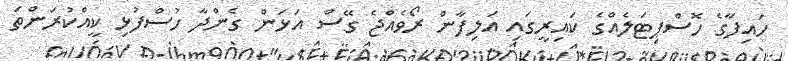
ހައިފާގެ ހޮސްޕިޓަލެއްގެ ކައިރީގައި އަލިފާން ރޯވެއްޖެ ގޭސް އަޅަން ގެންދާ ހުސްފުޅި ކީއްކުރަންތަ